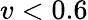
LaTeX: v<0.6